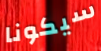
سيكونا